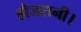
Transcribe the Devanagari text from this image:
हौजरानी।